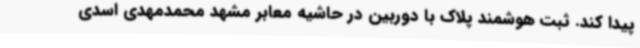
پیدا کند. ثبت هوشمند پلاک با دوربین در حاشیه معابر مشهد محمدمهدی اسدی